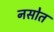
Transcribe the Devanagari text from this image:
नसोत